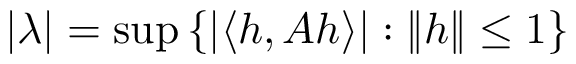
| \lambda | = \operatorname* { s u p } \left\{ | \langle h , A h \rangle | : \| h \| \leq 1 \right\}